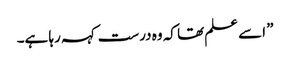
” اسے علم تھا کہ وہ درست کہہ رہا ہے۔